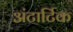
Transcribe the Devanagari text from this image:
अंटार्टिक